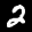
Label: 2